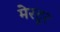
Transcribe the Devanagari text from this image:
मेरटूर